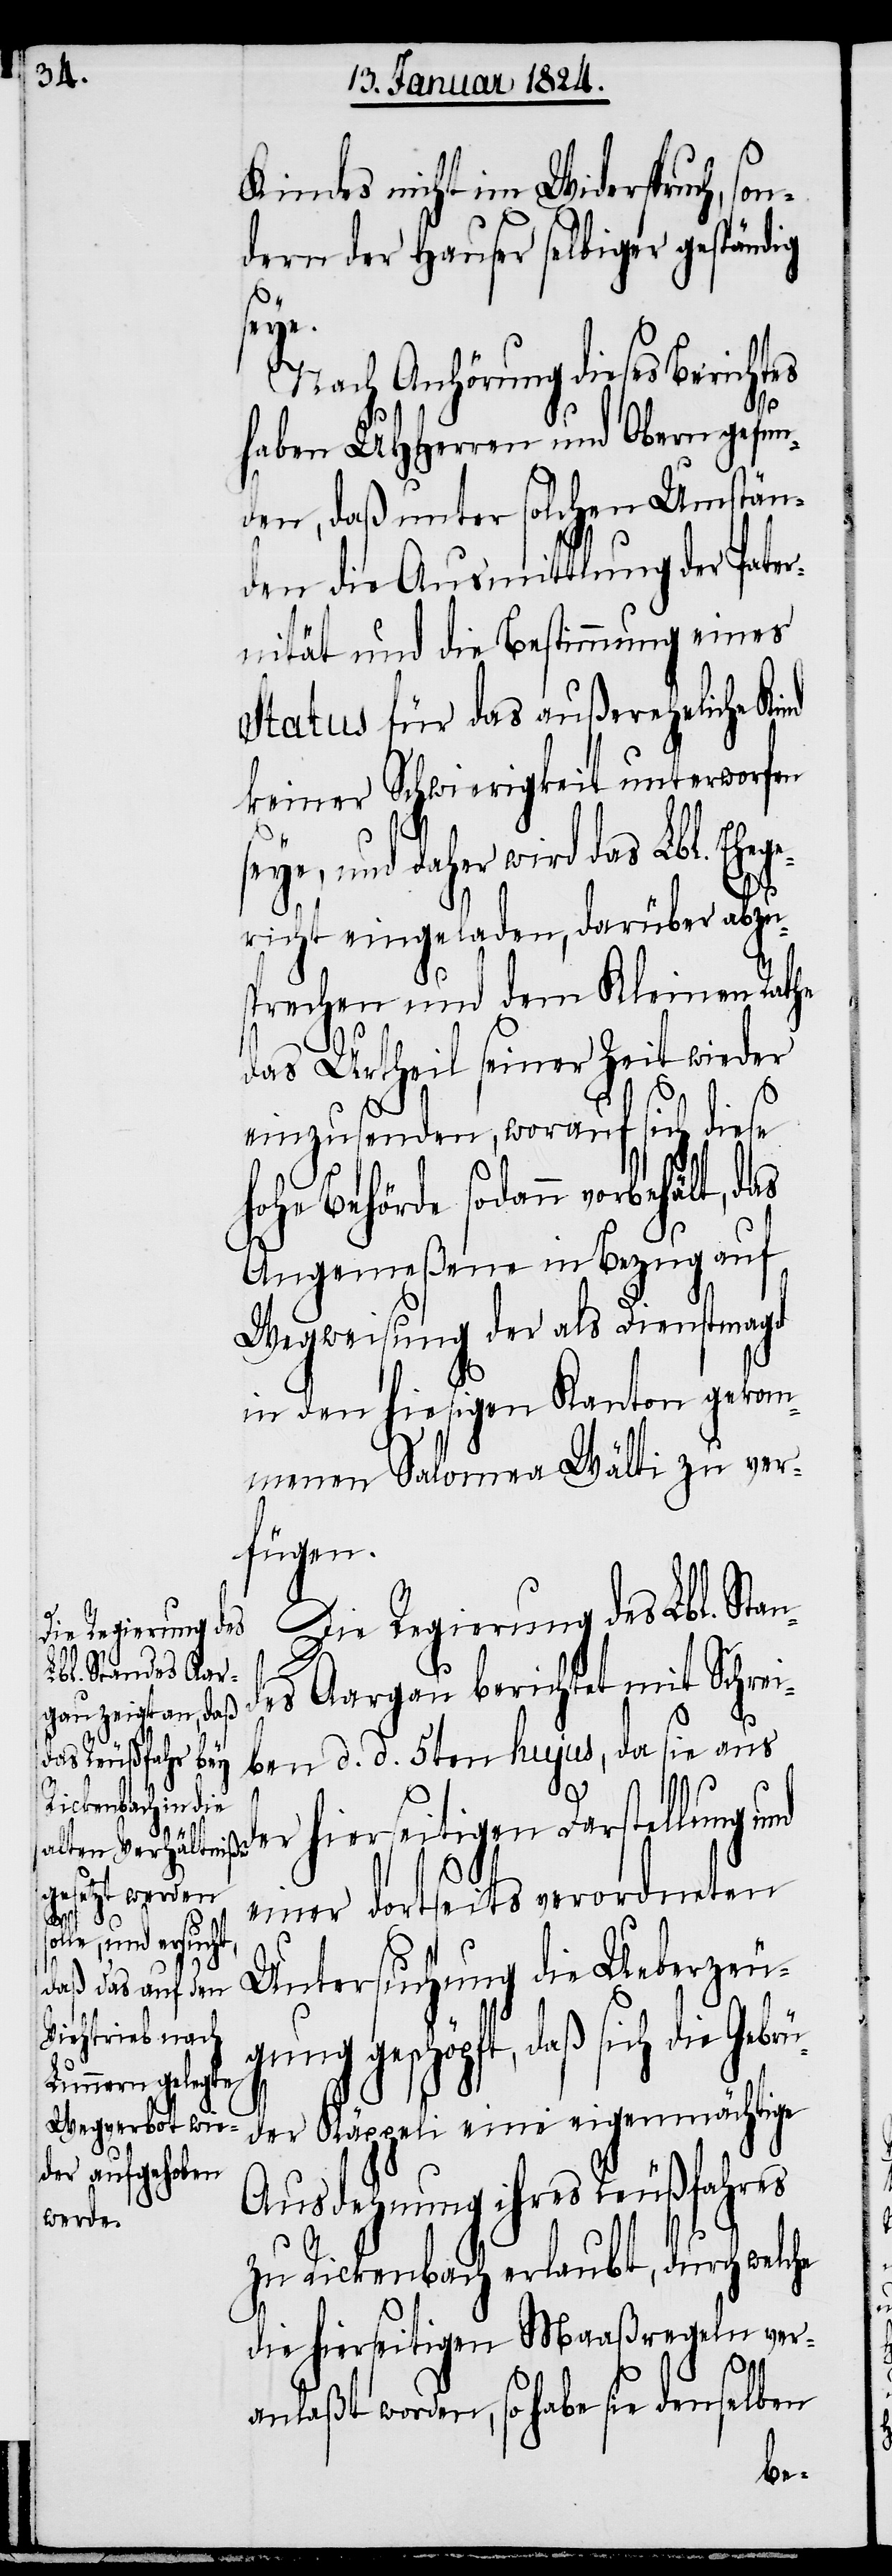
Kindes nicht im Widerspruch, so¬
ndern der Hauser selbiger geständig
rü¬
Nach Anhörung dieses Berichtes
haben UHHerren und Obern gefun¬
den, daß unter solchen Umstän¬
den die Ausmittlung der Pater¬
nität und die Bestimmung eines
Status für das außereheliche Kind
keiner Schwierigkeit unterworfen
seye, und daher wird das Lbl. Ehege¬
richt eingeladen, darüber abzu¬
sprechen und dem Kleinen Rathe
nd
das Urtheil seiner Zeit wieder
einzusenden, worauf sich diese
hohe Behörde sodann vorbehält,
Angemeßene in Bezug auf
Wegweisung der als Dienstmagd
in dem hiesigen Kanton gekom¬
menen Salomea Wälti zu ver¬
fügen.
Die Regierung des Lbl. Stan¬
des Aargau berichtet mit Schrei¬
ben d. d. 5ten hujus, da sie aus
d¬
er hierseitigen Darstellung u¬
einer dortseits verordneten
Untersuchung die Ueberzeug¬
ung geschöpft, daß sich die Geb¬
der Käppeli eine eigenmächtige
Ausdehnung ihres Reußfahres
zu Rickenbach erlaubt, durch welche
die hierseitigen Maaßregeln ver¬
anlaßt worden, so habe sie denselben